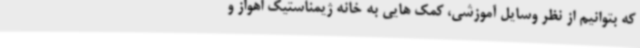
که بتوانیم از نظر وسایل آموزشی، کمک هایی به خانه ژیمناستیک اهواز و